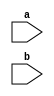

module MatrixMul(a,b);
  input [71:0]a;
  input [71:0]b;  // a whole 8bit X 9 elements of array for input as verilog
  				  //doesn't supports multi dimension array as input
  
  reg [7:0]aa[0:2][0:2];
  reg [7:0]bb[0:2][0:2];
  reg [7:0]cc[0:2][0:2]; 
  integer i,j,k;
  always @(a or b)
  begin
    
    {aa[0][0],aa[0][1],aa[0][2],aa[1][0],aa[1][1],aa[1][2],aa[2][0],aa[2][1],aa[2][2]}=a;
    {bb[0][0],bb[0][1],bb[0][2],bb[1][0],bb[1][1],bb[1][2],bb[2][0],bb[2][1],bb[2][2]}=b;
    
    for(i=0;i<3;i++)
	begin
      for(j=0;j<3;j++)
		begin
			cc[i][j]=0;
          for(k=0;k<3;k++)
              cc[i][j]=cc[i][j]+aa[i][k]*bb[k][j];
			
        end
    end
    
    for(i=0;i<3;i=i+1)
    begin
      for(j=0;j<3;j=j+1)
        $display("aa[%0d][%0d] = %0d",i,j,aa[i][j]);
    end
    
    
    for(i=0;i<3;i=i+1)
    begin
      for(j=0;j<3;j=j+1)
        $display("bb[%0d][%0d] = %0d",i,j,bb[i][j]);
    end
    
    
    for(i=0;i<3;i=i+1)
    begin
      for(j=0;j<3;j=j+1)
        $display("cc[%0d][%0d] = %0d",i,j,cc[i][j]);
    end
  end
endmodule